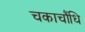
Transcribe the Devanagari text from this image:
चकाचौंधि